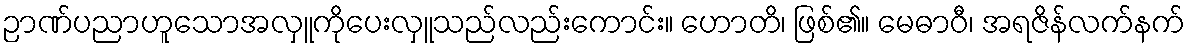
ဉာဏ်ပညာဟူသောအလှူကိုပေးလှူသည်လည်းကောင်း။ ဟောတိ၊ ဖြစ်၏။ မေဓာဝီ၊ အရဇိန်လက်နက်